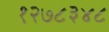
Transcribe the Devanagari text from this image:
१२७८३४८